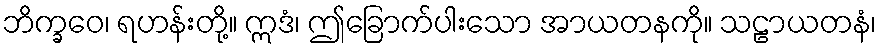
ဘိက္ခဝေ၊ ရဟန်းတို့။ ဣဒံ၊ ဤခြောက်ပါးသော အာယတနကို။ သဠာယတနံ၊